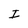
Character: I